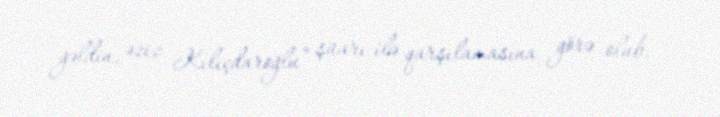
gəldin, əziz Kılıçdaroğlu” şüarı ilə qarşılamasına görə olub.